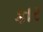
કાર